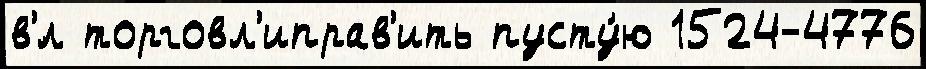
в'́л торговл'иправ'ить пусту́ю 1524-4776